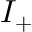
I _ { + }